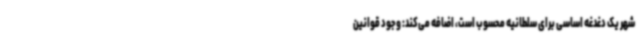
شهر یک دغدغه اساسی برای سلطانیه محسوب است، اضافه می‌کند: وجود قوانین